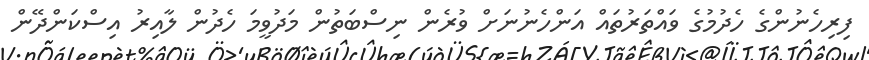
ފިރިހެނުންގެ ހެދުމުގެ ވައްތަރުތައް އަންހެނުނަށް ވުރެން ނިސްބަތުން މަދުވީމަ ހެދުން ލާއިރު އިސްކަންދޭން